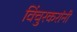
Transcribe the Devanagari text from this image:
विंचुरकरांनी